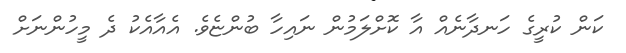
ކަން ކުރީގެ ހަނދާނެއް އާ ކޮށްލަމުން ނައިހާ ބުންޏެވެ. އެއާއެކު ދެ މީހުންނަށް